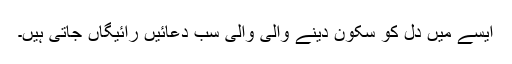
ایسے میں دل کو سکون دینے والی والی سب دعائیں رائیگاں جاتی ہیں۔